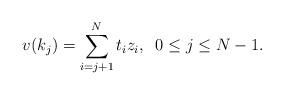
LaTeX: \begin{align*}v(k_j)=\sum_{i=j+1}^{N} t_i z_i,\;\; 0\leq j \leq N-1.\end{align*}